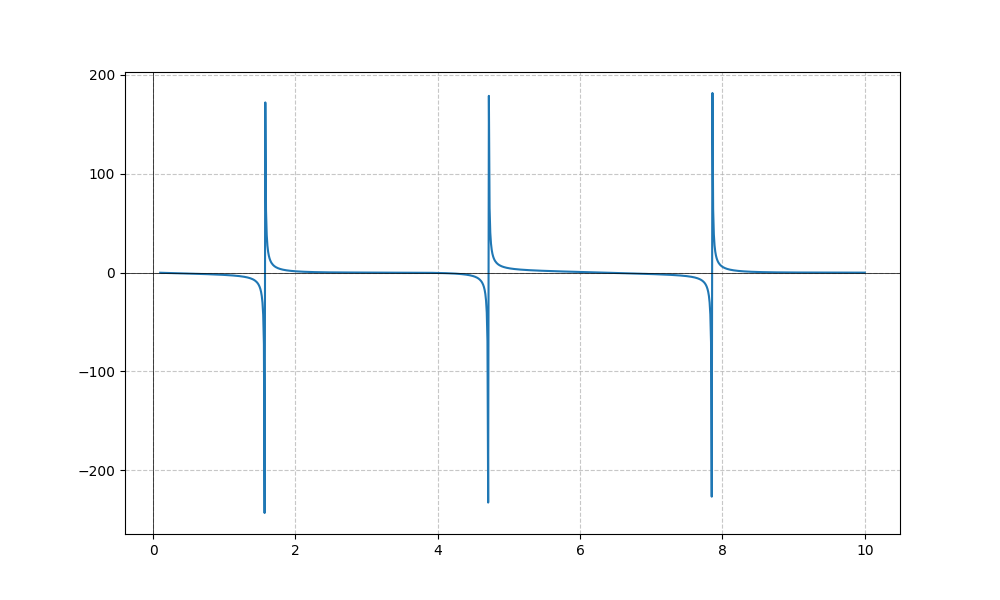
LaTeX formula: - \sin{\left(x \right)} - \tan{\left(x \right)}